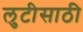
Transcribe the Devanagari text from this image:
लुटीसाठी